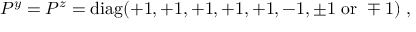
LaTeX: P ^ { y } = P ^ { z } = \mathrm { d i a g } ( + 1 , + 1 , + 1 , + 1 , + 1 , - 1 , \pm 1 ~ \mathrm { o r } ~ \mp 1 ) ~ , ~ \,